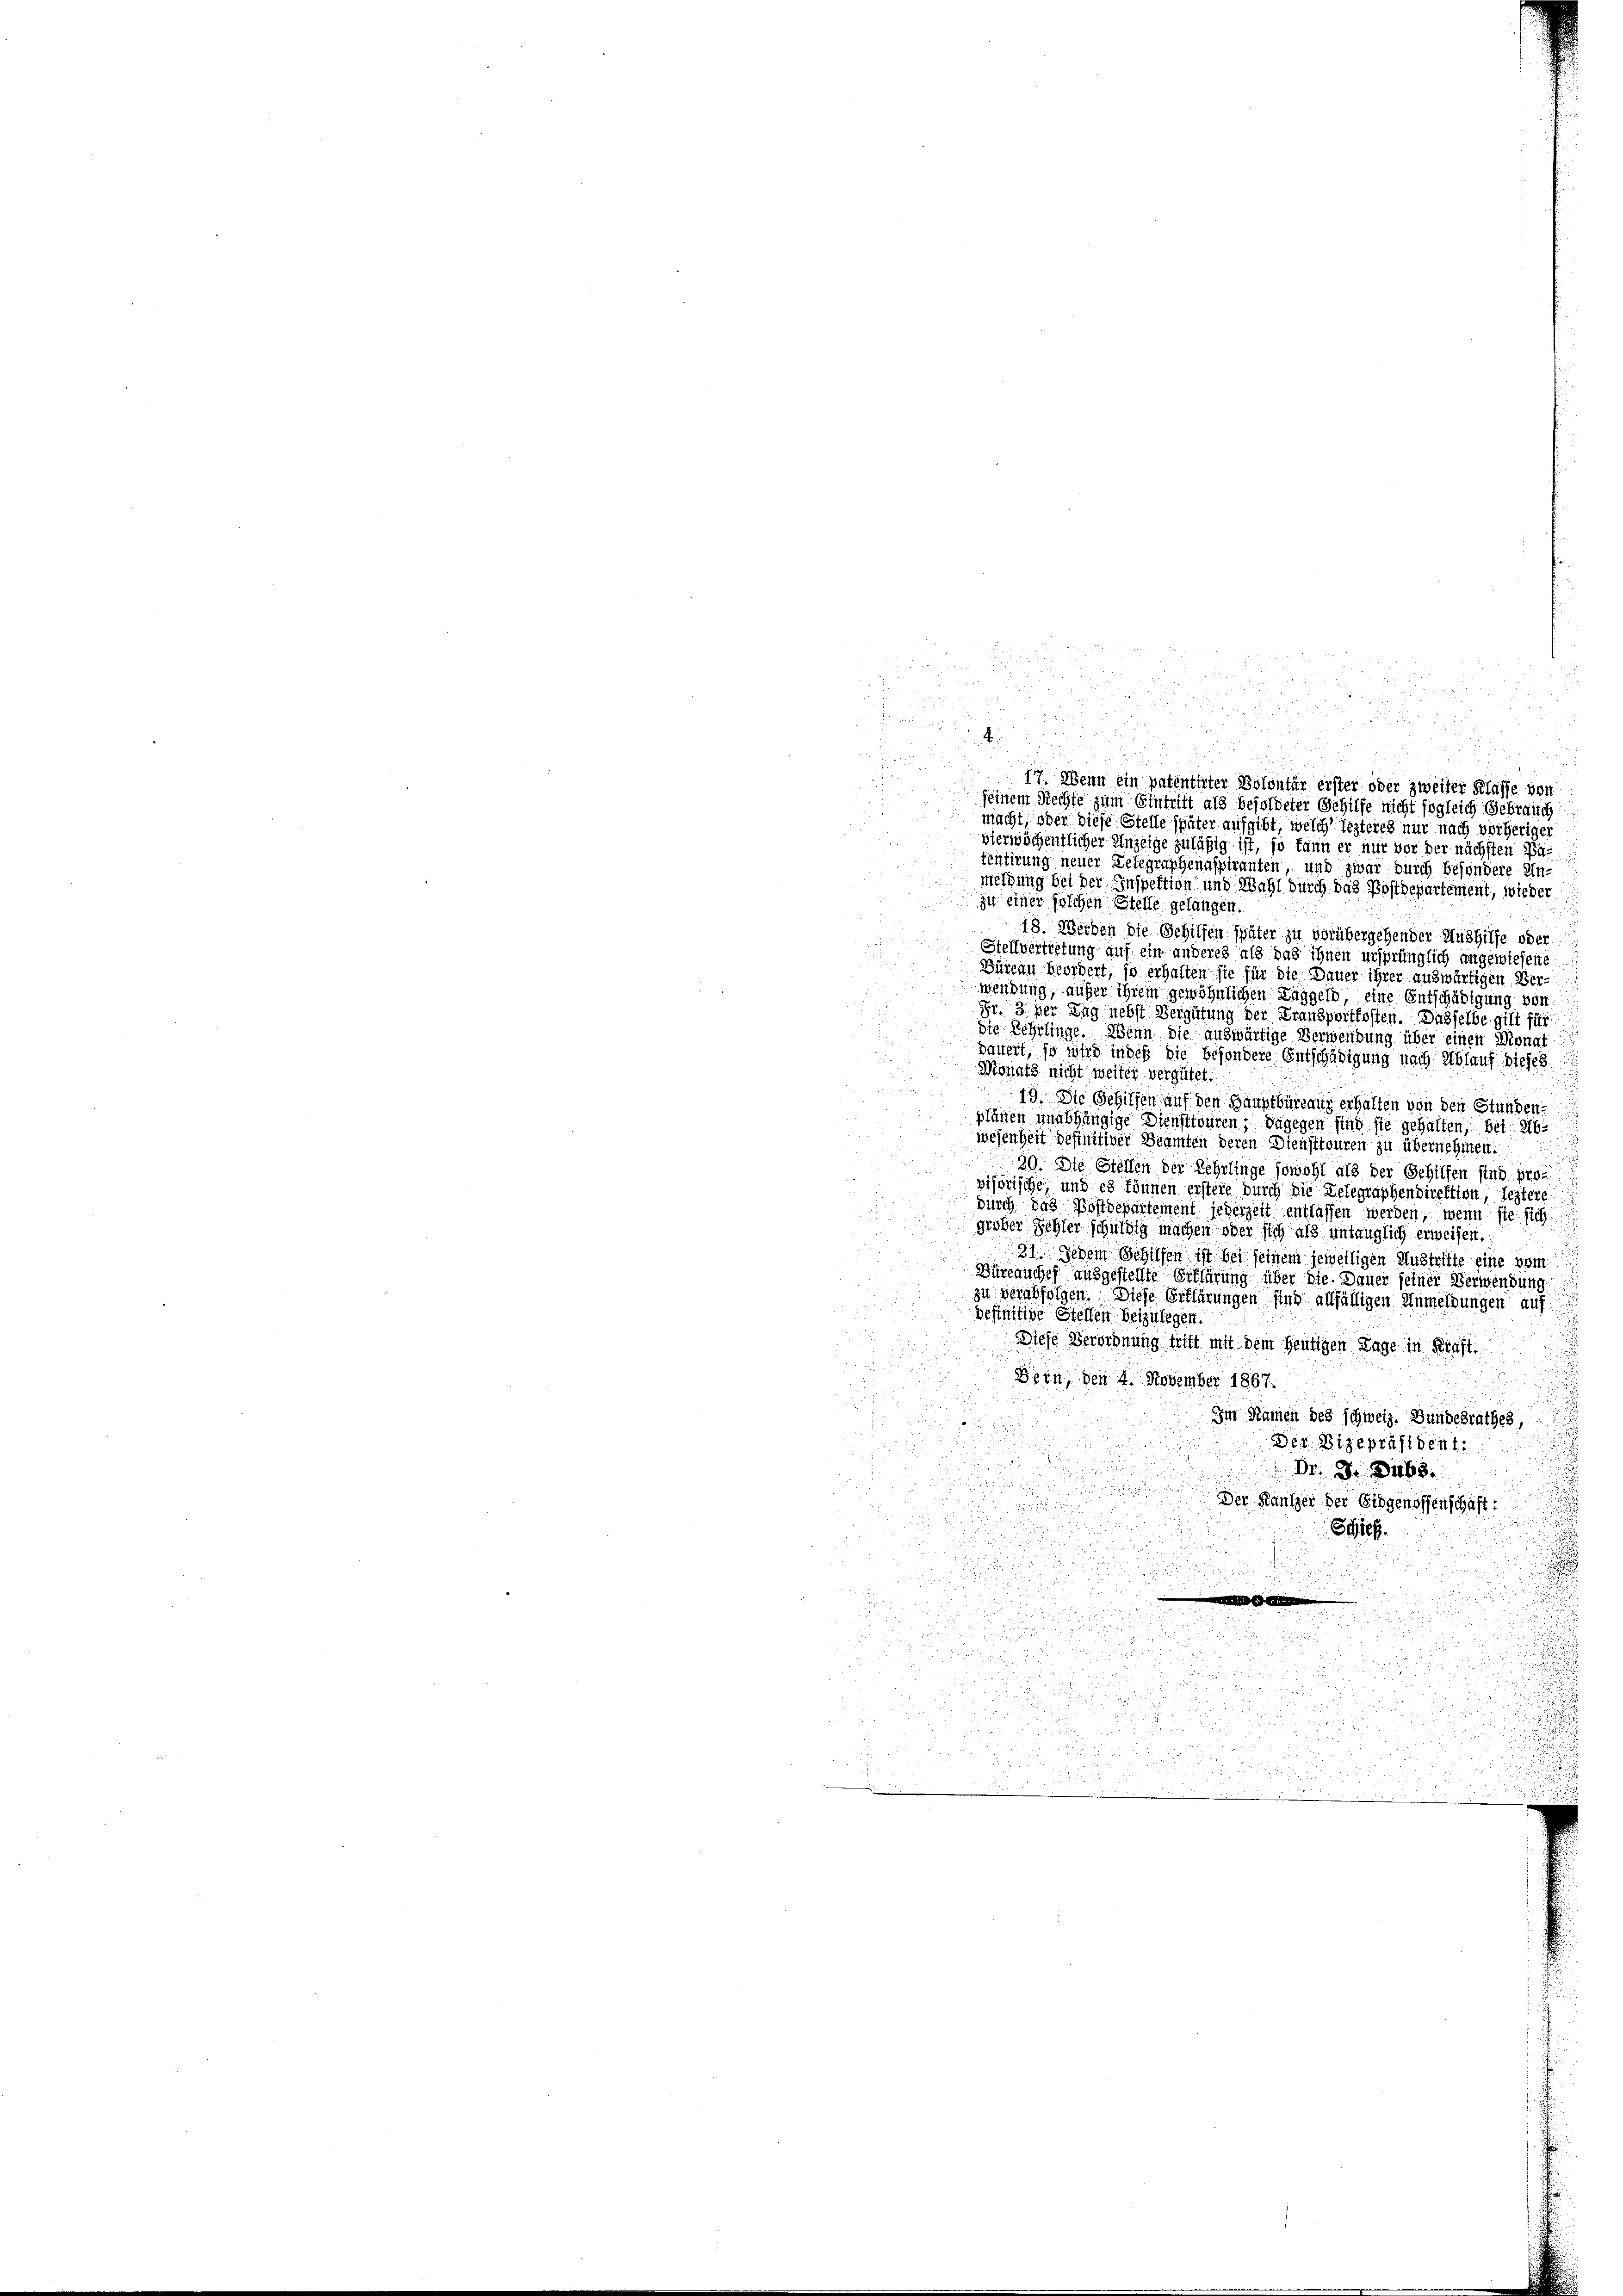
2
a

ä
u
.
2
seinem Rechte zum Eintrift als besoldeter Gehilfe nicht sogleich Gebrauch
macht, oder diese Stelle später aufgibt, welch lezteres nur nach vorheriger
Fri
vier wöchentlicher Anzeige zuläßig ist, so kann er nur vor der nächsten Patentirung neuer Delegraphenaspiranten, und zwar durch besondere Un-
meldung bei der Inspektion und Wahl durch das Postdepartement, wieder
zu einer solchen Stelle gelangen.
18. Werden die Gehilfen später zu vorübergehender Aushilfe oder
Stellvertretung auf ein anderes als das ihnen ursprünglich angewiesene
Büreau beordert, so erhalten sie für die Dauer ihrer auswärtigen Ver-
wendung, außer ihrem gewöhnlichen Taggeld eine Entschädigung von
Fr. 3 der Zug nebst Vergütung der Fransportkosten. Dasselbe gilt für
die Lehrlinge. Wenn die auswärtige Verwendung über einen Monat
dauert, so wird in des die besondere Entschädigung nach Ablauf dieses
Monats nicht weiter vergütet.
19. Die Gehilfen auf den Hauptbüreaus erhalten von den Stunden
plätten unabhängige Diensttouren; dagegen sind sie gehalten, bei 26.
wesenheit definitiver Beamten deren Dienstfouren zu übernehmen:
u
30. Die Stellen der Lehrlinge sowohl als der Gehilfen sind pro
visorische, und es können erstere durch die Delegraphendirektion, leztere
durch das Postdepartement jederzeit entlassen werden, wenn sie sich
großer Sehler schuldig machen oder sich als untauglich erweisen.
31. Jedem Schilfen ist bei seinem jeweiligen Austritte eine vom
Büreauches ausgestellte Erklärung über die Dauer feiner Verwendung,
zu verabfolgen. Diese Erklärungen sind allfälligen Anmeldungen auf
definitive Stellen beizulegen.
Diese Verordnung tritt mit dem heutigen Lage in Kraft
Dein, den 4. November 1867.
Im Namen des schweiz. Bundesrathes,
Der Vizepräsident.
Dr. S. 468.

u

Der Kanzer der Eidgenossenschaft:
Schief

.

u

u
.
5
x
¬
4
25

17. Wenn ein patenthter Bolontär erster oder zweifer Klasse von
 § 2